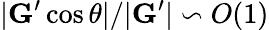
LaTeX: |\mathbf{G}^{\prime}\cos\theta|/|\mathbf{G}^{\prime}|\backsim\textit{O}(1)